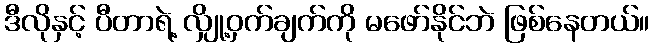
ဒီလိုနှင့် ပီတာရဲ့ လျှို့ဝှက်ချက်ကို မဖော်နိုင်ဘဲ ဖြစ်နေတယ်။